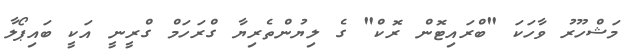
މަޝްހޫރު ވާހަކަ "ބްރައިޓޮން ރޮކް" ގެ ލިޔުންތެރިޔާ ގްރަހަމް ގްރީނީ އަކީ ބައިޕޯލާ